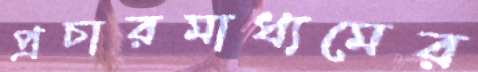
প্রচারমাধ্যমের